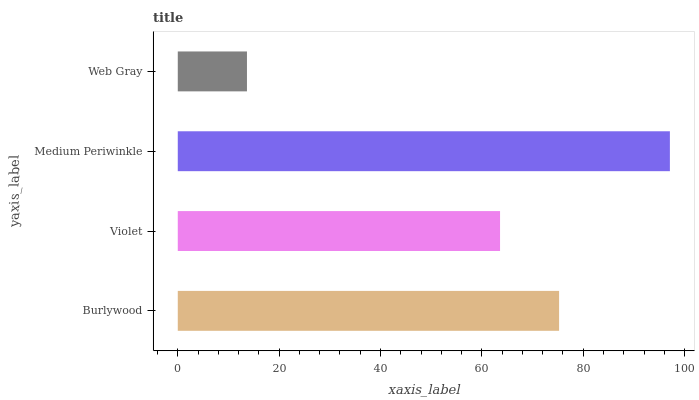
| yaxis_label | bars |
 | --- | --- |
 | Burlywood | 75.2 |
 | Violet | 63.6 |
 | Medium Periwinkle | 97.1 |
 | Web Gray | 13.7 |